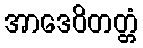
အာဒေဝိတတ္တံ